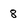
Character: 8